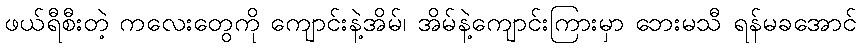
ဖယ်ရီစီးတဲ့ ကလေးတွေကို ကျောင်းနဲ့အိမ်၊ အိမ်နဲ့ကျောင်းကြားမှာ ဘေးမသီ ရန်မခအောင်